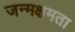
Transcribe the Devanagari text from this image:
जन्मक्षमता